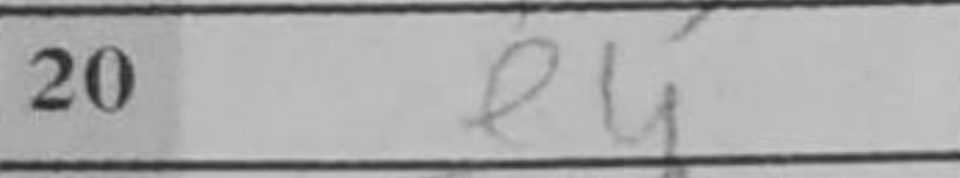
Transcription: e4